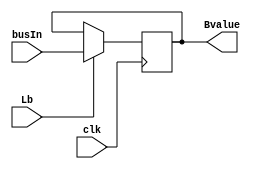
module Bregister (
    clk,        // <i
    Lb,         // <i
    busIn,      // <i
    Bvalue      // >o
);

input clk, Lb;
input [7:0] busIn;
output [7:0] Bvalue;

reg [7:0] Bvalue;

initial begin
    Bvalue = 8'd0;
end


always @(posedge clk) begin
    if (Lb) begin
        Bvalue = busIn;
    end
    else begin
        Bvalue = Bvalue;
    end
end
endmodule